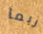
ربما